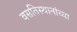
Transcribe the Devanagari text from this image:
वसतिस्थानांच्या